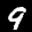
Label: 9